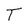
Character: T